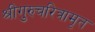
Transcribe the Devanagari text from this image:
श्रीगुरुचरित्रामृत